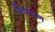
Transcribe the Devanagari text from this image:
त्रिवचन